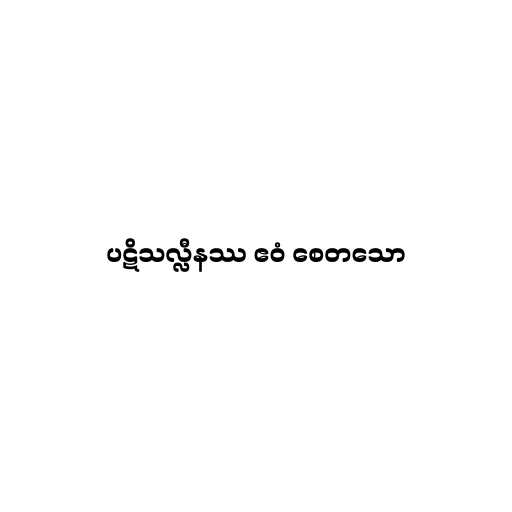
ပဋိသလ္လီနဿ ဧဝံ စေတသော